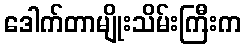
ဒေါက်တာမျိုးသိမ်းကြီးက